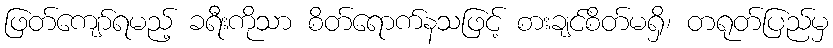
ဖြတ်ကျော်ရမည့် ခရီးကိုသာ စိတ်ရောက်နသဖြင့် စားချင်စိတ်မရှိ၊ တရုတ်ပြည်မှ